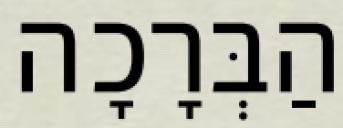
הַבְּרָכָה